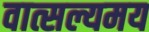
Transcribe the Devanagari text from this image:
वात्सल्यमय